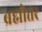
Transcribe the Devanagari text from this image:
ब्रह्मोत्तर